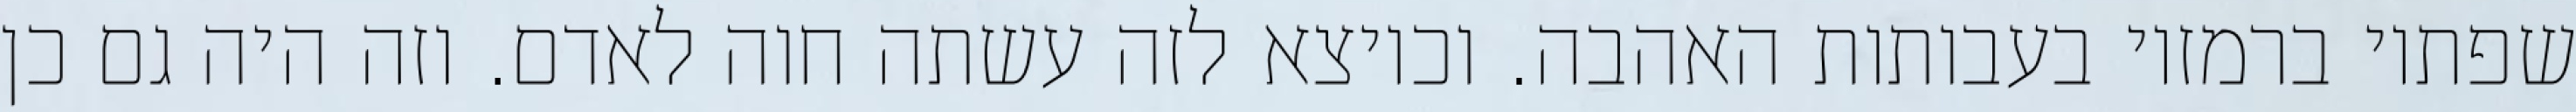
שפתיו ברמזיו בעבותות האהבה. וכיוצא לזה עשתה חוה לאדם. וזה היה גם כן